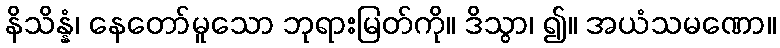
နိသိန္နံ၊ နေတော်မူသော ဘုရားမြတ်ကို။ ဒိသွာ၊ ၍။ အယံသမဏော။